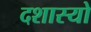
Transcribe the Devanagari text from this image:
दशास्यो